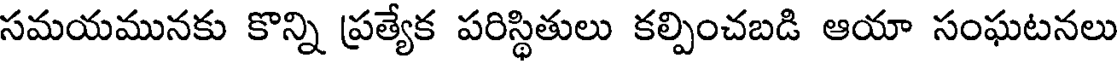
సమయమునకు కొన్ని ప్రత్యేక పరిస్థితులు కల్పించబడి ఆయా సంఘటనలు